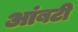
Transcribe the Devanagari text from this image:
आंबटी